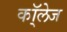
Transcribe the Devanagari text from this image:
कॉ्लेज